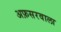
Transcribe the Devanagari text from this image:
अफ़सरवाला